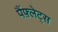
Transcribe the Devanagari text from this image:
पैंफ़्लेट्स